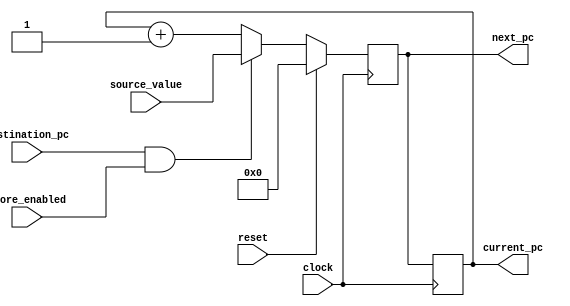
// program counter

module pc(
  input clock,
  input reset,
  input store_enabled,
  input destination_pc,
  input [15:0] source_value,
  output reg [15:0] current_pc,
  output reg [15:0] next_pc
);

wire [15:0] inc_pc = current_pc + 1;

always @(negedge clock)
  if (reset)
    next_pc <= 16'h0;
  else if (destination_pc & store_enabled)
    next_pc <= source_value;
  else
    next_pc <= inc_pc;

always @(posedge clock)
  current_pc <= next_pc;

endmodule